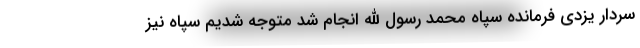
سردار یزدی فرمانده سپاه محمد رسول الله انجام شد متوجه شدیم سپاه نیز